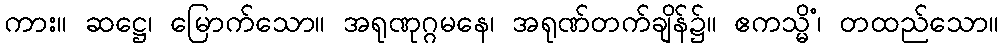
ကား။ ဆဋ္ဌေ၊ မြောက်သော။ အရုဏုဂ္ဂမနေ၊ အရုဏ်တက်ချိန်၌။ ဧကသ္မိံ၊ တထည်သော။